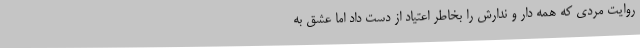
روایت مردی که همه دار و ندارش را بخاطر اعتیاد از دست داد اما عشق به